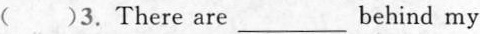
( )3.There are_behind my